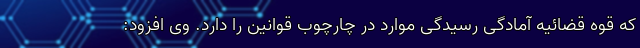
که قوه قضائیه آمادگی رسیدگی موارد در چارچوب قوانین را دارد. وی افزود: